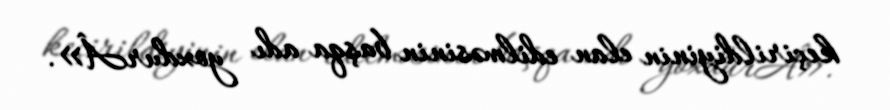
keçirildiyinin elan edilməsinin başqa adı yoxdurÂ».